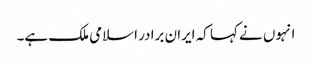
انہوں نے کہا کہ ایران برادر اسلامی ملک ہے۔